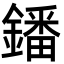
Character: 鐇